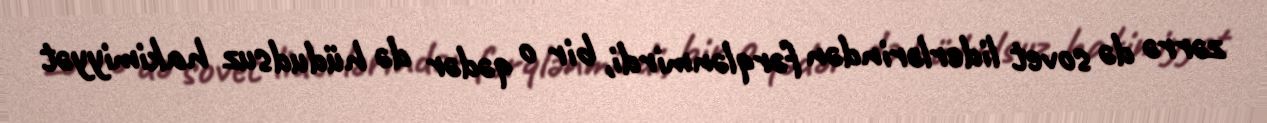
zərrə də sovet liderlərindən fərqlənmirdi, bir o qədər də hüdudsuz hakimiyyət